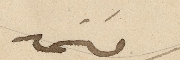
مستمد